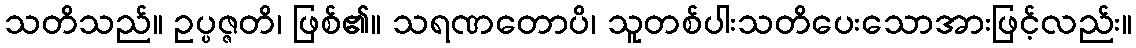
သတိသည်။ ဥပ္ပဇ္ဇတိ၊ ဖြစ်၏။ သရဏတောပိ၊ သူတစ်ပါးသတိပေးသောအားဖြင့်လည်း။